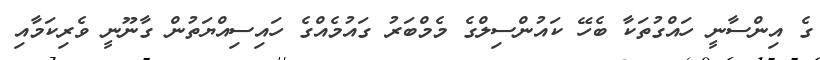
ގެ އިންސާނީ ހައްގުތަކާ ބެހޭ ކައުންސިލްގެ މެމްބަރު ގައުމެއްގެ ހައިސިއްޔަތުން ގާނޫނީ ވެރިކަމާއި